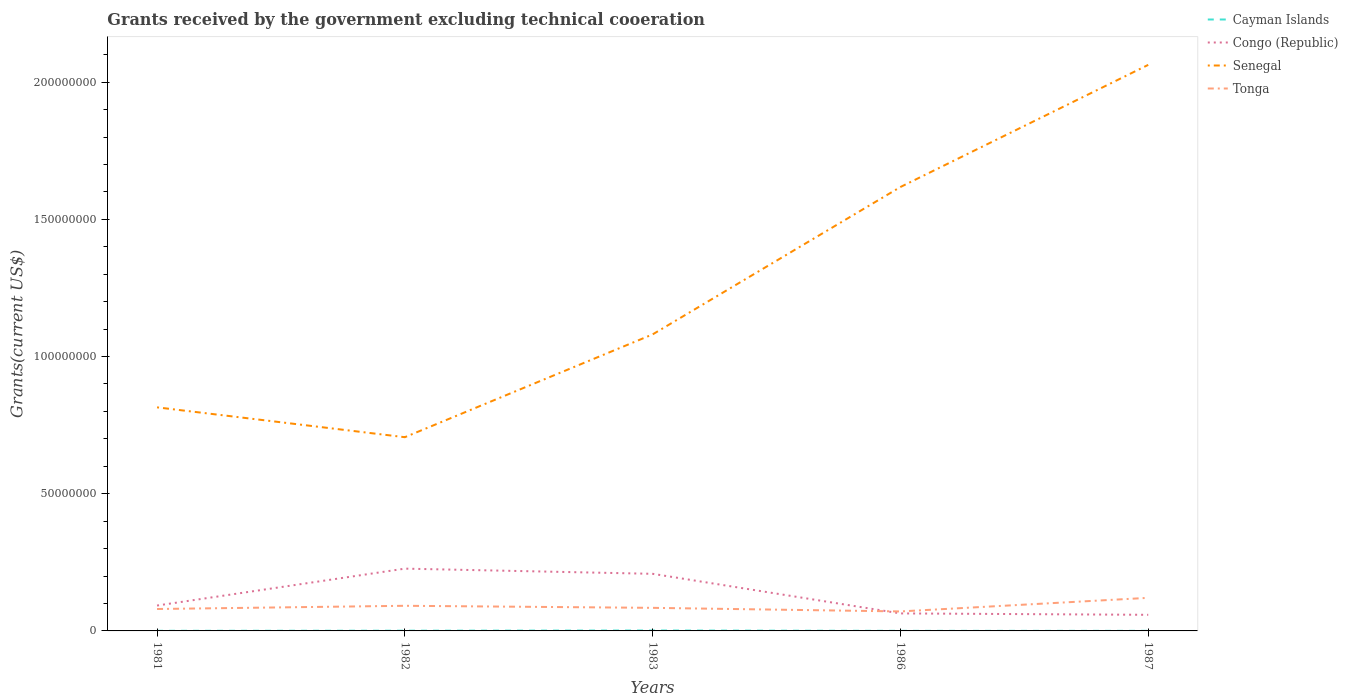
| Years | Cayman Islands | Congo (Republic) | Senegal | Tonga |
 | --- | --- | --- | --- | --- |
 | 1981 | 4e+04 | 9.25e+06 | 8.15e+07 | 7.99e+06 |
 | 1982 | 8e+04 | 2.27e+07 | 7.06e+07 | 9.16e+06 |
 | 1983 | 1.5e+05 | 2.08e+07 | 1.08e+08 | 8.41e+06 |
 | 1986 | 3e+04 | 6.38e+06 | 1.62e+08 | 7.1e+06 |
 | 1987 | 3e+04 | 5.87e+06 | 2.06e+08 | 1.21e+07 |